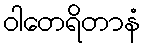
ဝါတေရိတာနံ